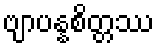
ဗျာပန္နစိတ္တဿ